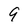
Character: 9